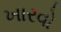
ખારવો